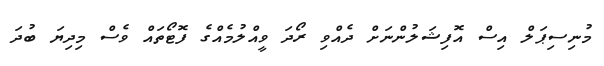
މުނިސިޕަލް އިސް އޮފިޝަލުންނަށް ދެއްވި ރޯދަ ވީއްލުމެއްގެ ފޮޓޯތައް ވެސް މިދިޔަ ބުދަ